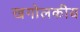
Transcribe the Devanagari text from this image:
खगोलकीय